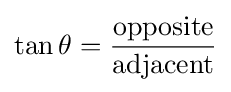
\tan \theta ={\frac {\mathrm {opposite} }{\mathrm {adjacent} }}